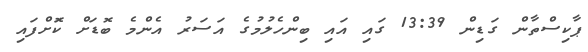
ޕާކިސްތާން ގަޑިން 13:39 ގައި އައި ބިންހެލުމުގެ އަސަރު އެންމެ ބޮޑަށް ކޮަށްފައި